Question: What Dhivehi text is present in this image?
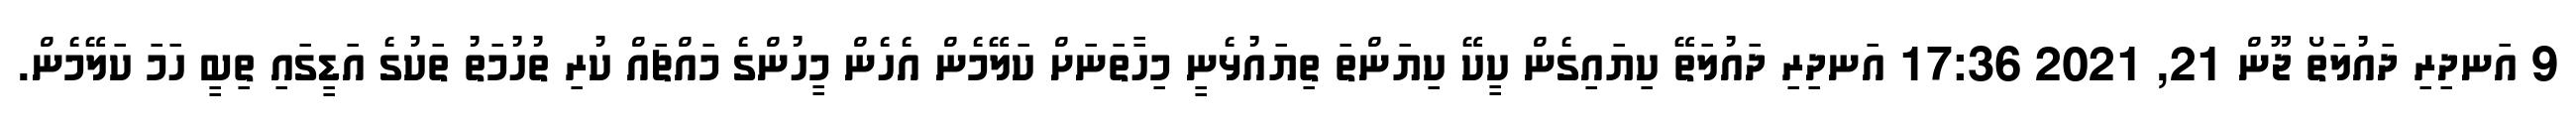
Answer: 9 އަނދިރި ދައުލަތޯ ޖޫން 21, 2021 17:36 އަނދިރި ދައުލަތޭ ކިޔައިގެން ކީކޭ ކިޔަންތަ ތިޔައުޅެނީ މިހާތަނަށް ކަލޭމެން އެހެން މީހުންގެ މައްޗައް ކުރި ތުހުމަތު ތަކުގެ އަޑީގައި ތިބީ ހަމަ ކަލޭމެން.